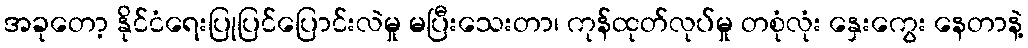
အခုတော့ နိုင်ငံရေးပြုပြင်ပြောင်းလဲမှု မပြီးသေးတာ၊ ကုန်ထုတ်လုပ်မှု တစုံလုံး နှေးကွေး နေတာနဲ့